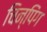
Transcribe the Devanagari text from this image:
चिन्पिंग